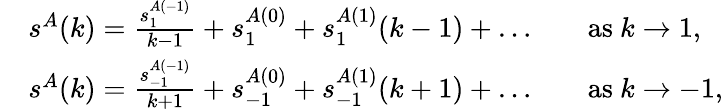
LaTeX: \begin{array}{rlrl}&{s^{A}(k)=\frac{s_{1}^{A(-1)}}{k-1}+s_{1}^{A(0)}+s_{1}^{A(1)}(k-1)+\dots}&&{\mathrm{as~}k\to 1,}\\ &{s^{A}(k)=\frac{s_{-1}^{A(-1)}}{k+1}+s_{-1}^{A(0)}+s_{-1}^{A(1)}(k+1)+\dots}&&{\mathrm{as~}k\to-1,}\end{array}